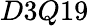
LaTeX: D3Q19